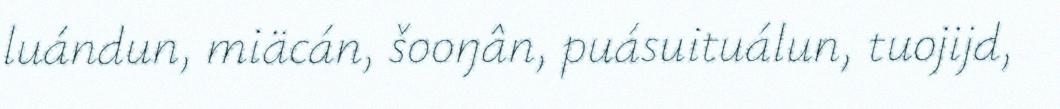
luándun, miäcán, šooŋân, puásuituálun, tuojijd,